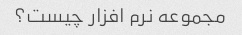
مجموعه نرم افزار چیست؟